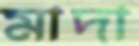
মাদা